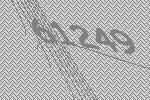
61249